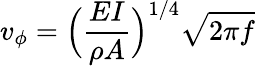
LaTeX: v_{\phi}=\Big(\frac{EI}{\rho A}\Big)^{1/4}\sqrt{2\pi f}